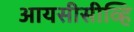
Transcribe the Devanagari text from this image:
आयसीसीव्हि